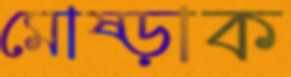
মোষ্‌ড়াক